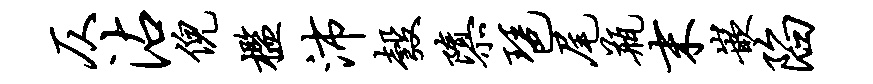
仄沾倪槛沛彀隳琶尾瓶末嵌陷